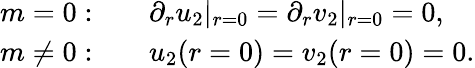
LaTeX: \begin{array}{rl}{m=0:}&{{}\quad\partial_{r}u_{2}|_{r=0}=\partial_{r}v_{2}|_{r=0}=0,}\\ {m\neq 0:}&{{}\quad u_{2}(r=0)=v_{2}(r=0)=0.}\end{array}